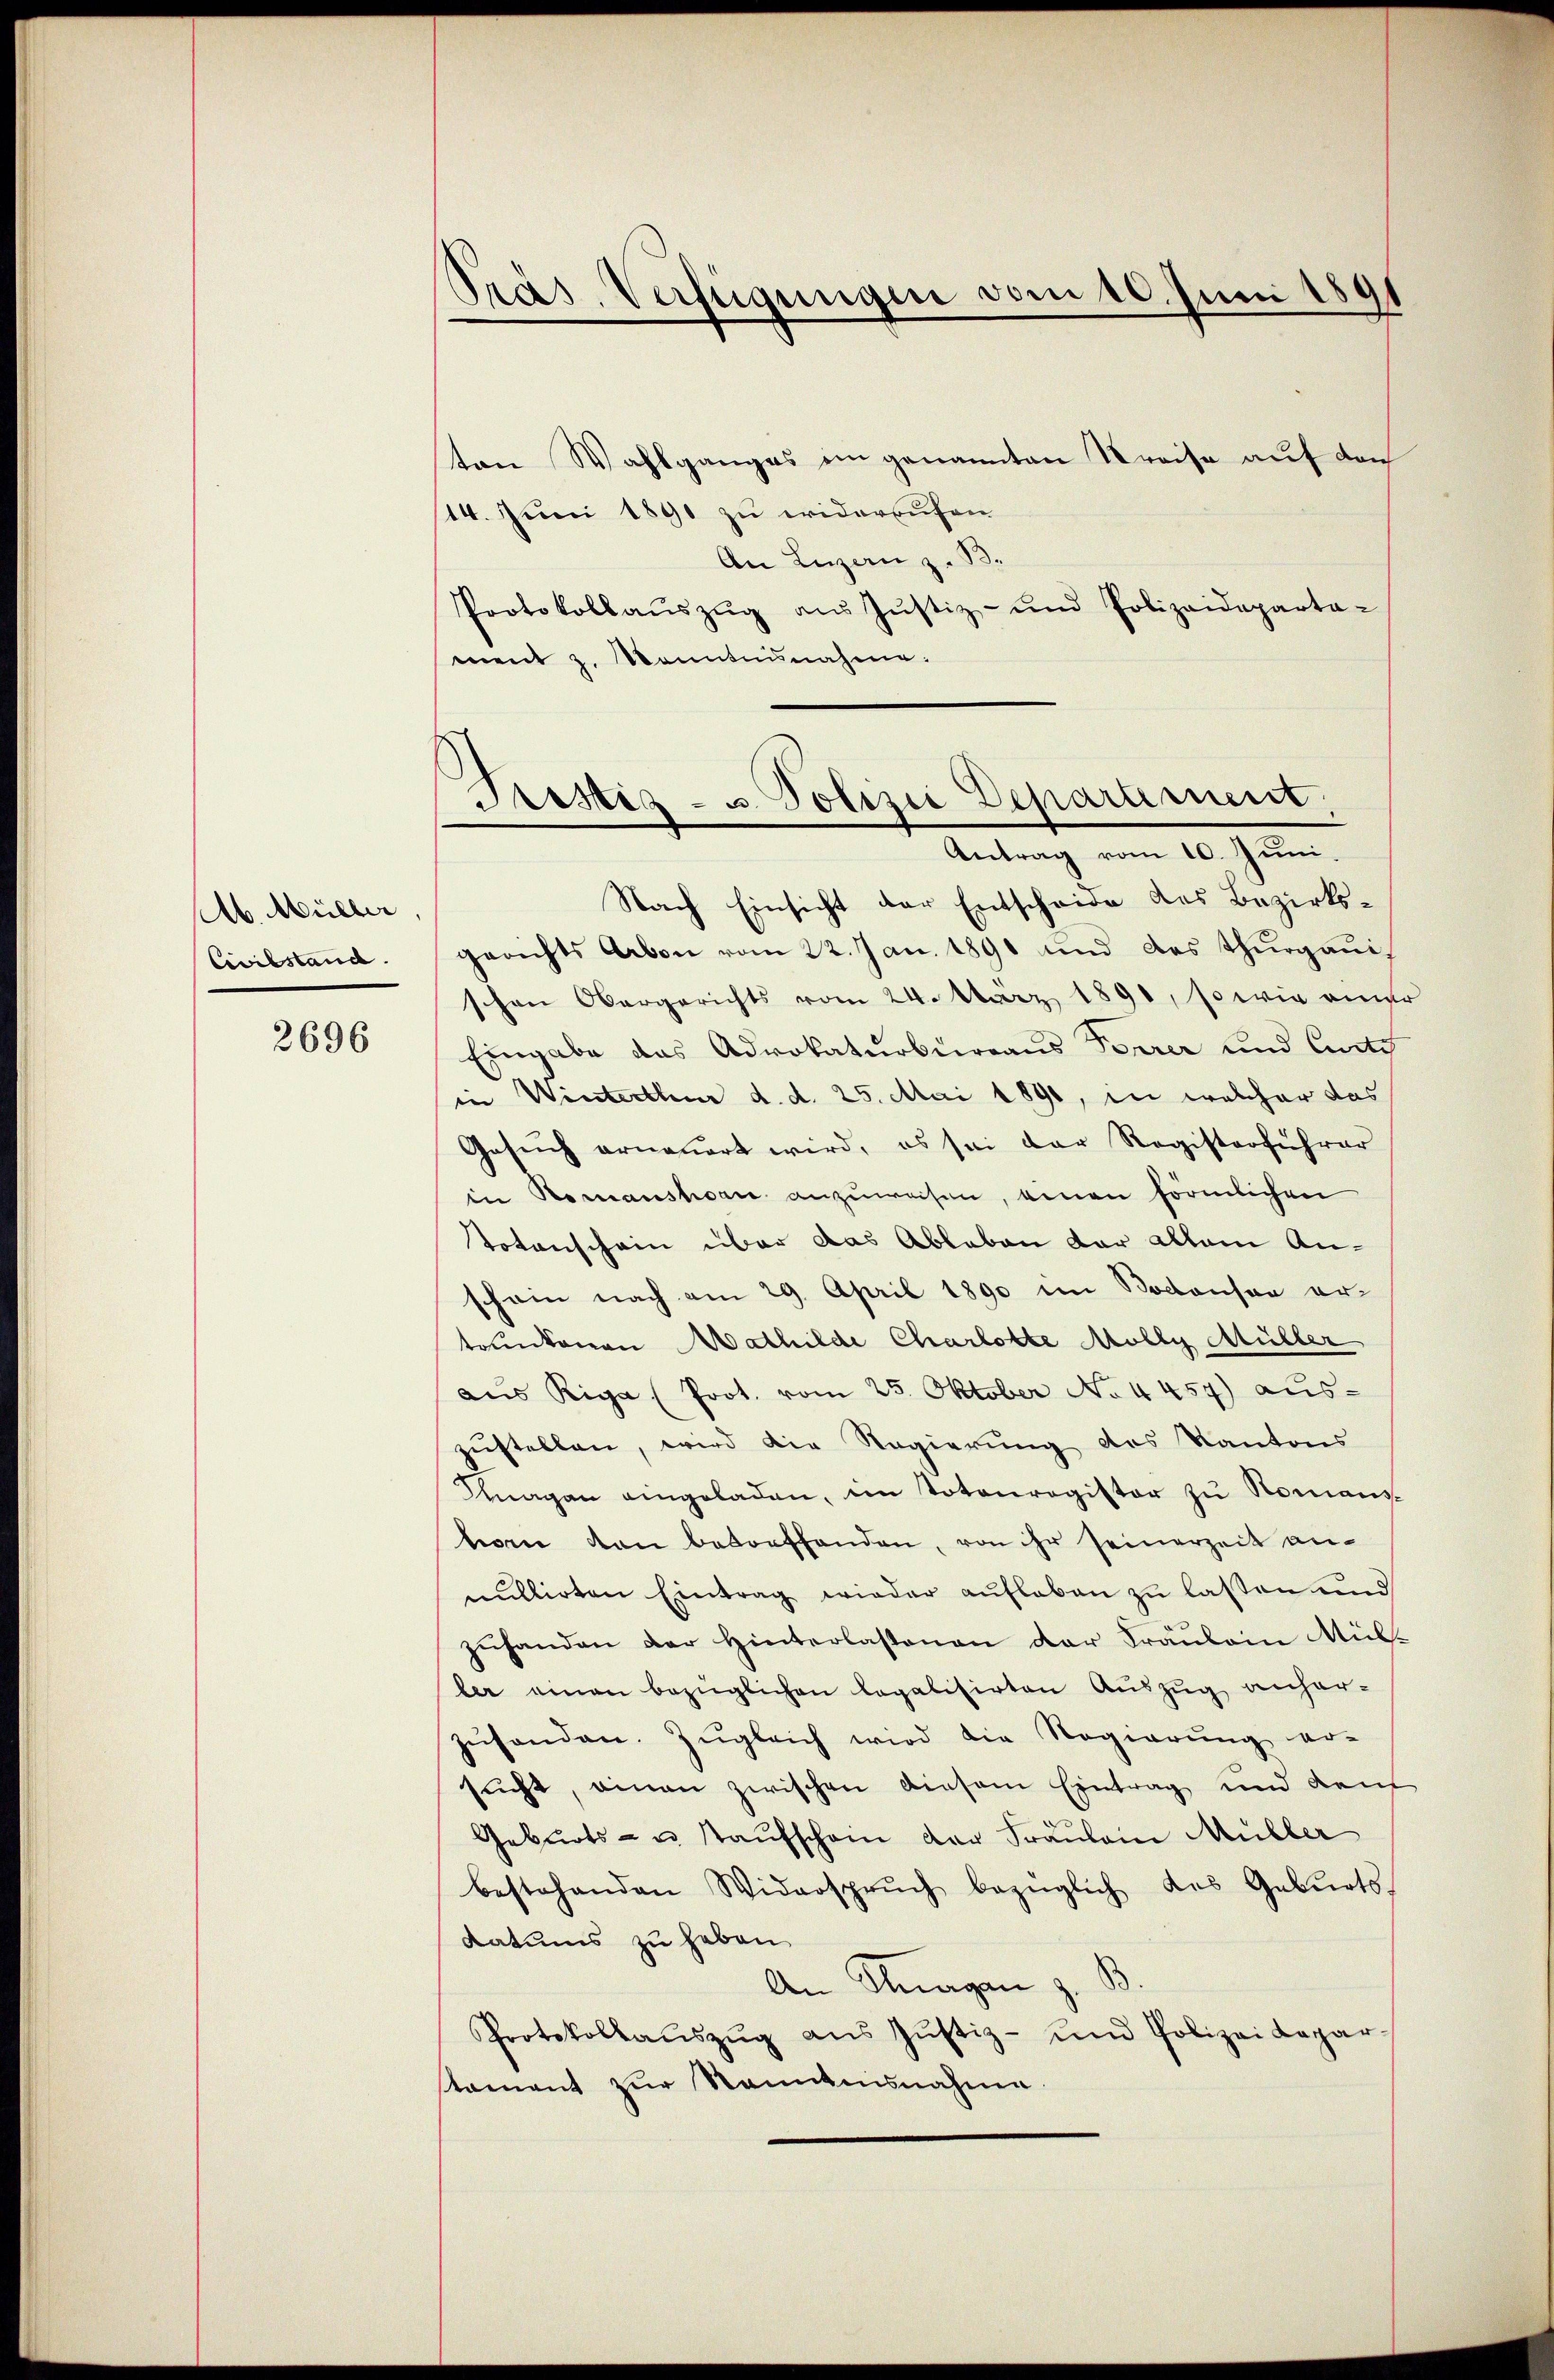
Ab. Müller
Civilstand.

2696

Präs. Verfügungen vom 10. Juni 1891

ten Wahlganges ein genannten Kreise auf den
14. Juni 1891 zu widerrufen
An Luzern z. B.
Protokollaŭszŭg aŭs Jŭstiz- und Polizeideparta-
ment z. Konntnisnahme:

Fristiz- u. Polizei Deparament,
Antrag vom 10. Juni.

Nach Einsicht der Entscheide des Bezirksgerichts Abon vom 22. Jan. 1891 und das Thurgauschen Obergerichts vom 24. März 1890, so wie einer
Eingabe das Advokaturbureaus Forrer und Curti
in Winterthur d. d. 25. Mai 1890, in welcher das
Gesŭch erneuert wird, es sei der Registerführer
in Romanshorn anzuweisen, einen förmlichen
Totenschein über das Ableben der allein Anschein nach am 29. April 1890 im Boconson ertrunkonen Mathilde Charlotte Mölly Müller
aus Riga (Prot. vom 25. Oktober No 4457) aus-
zustellen, wird die Regierung des Kantons
Knagen eingeladen, im Totenregister zu Romans-
horn von bedorffenden, von ihr seinerzeit anmillirten Eintrag wieder aufleben zu lassen und
zŭhanden der Hinterlassenen der Fräulein Mül-
ber einen bezüglichen legalisirten Auszug anherzŭsenden. Zugleich wird die Regierung er-
sucht, einen zwischen diesem Eintrag und den
Geburts- u. staufschein der Fraŭlein Müller
bestehenden Widersprŭch bezüglich des Gebŭrts
Datums zu haben
An Klagen z. B
Protokollaŭszŭg aŭs Jŭstiz- und Polizei Repar-
stament zŭr Kenntnisnahme.